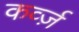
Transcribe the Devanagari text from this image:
कर्व्ज़